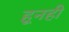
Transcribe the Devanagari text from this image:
हूनही